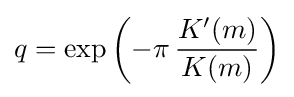
q=\exp \left(-\pi \,{\frac {K'(m)}{K(m)}}\right)